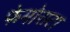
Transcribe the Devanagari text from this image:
फेमोराटा